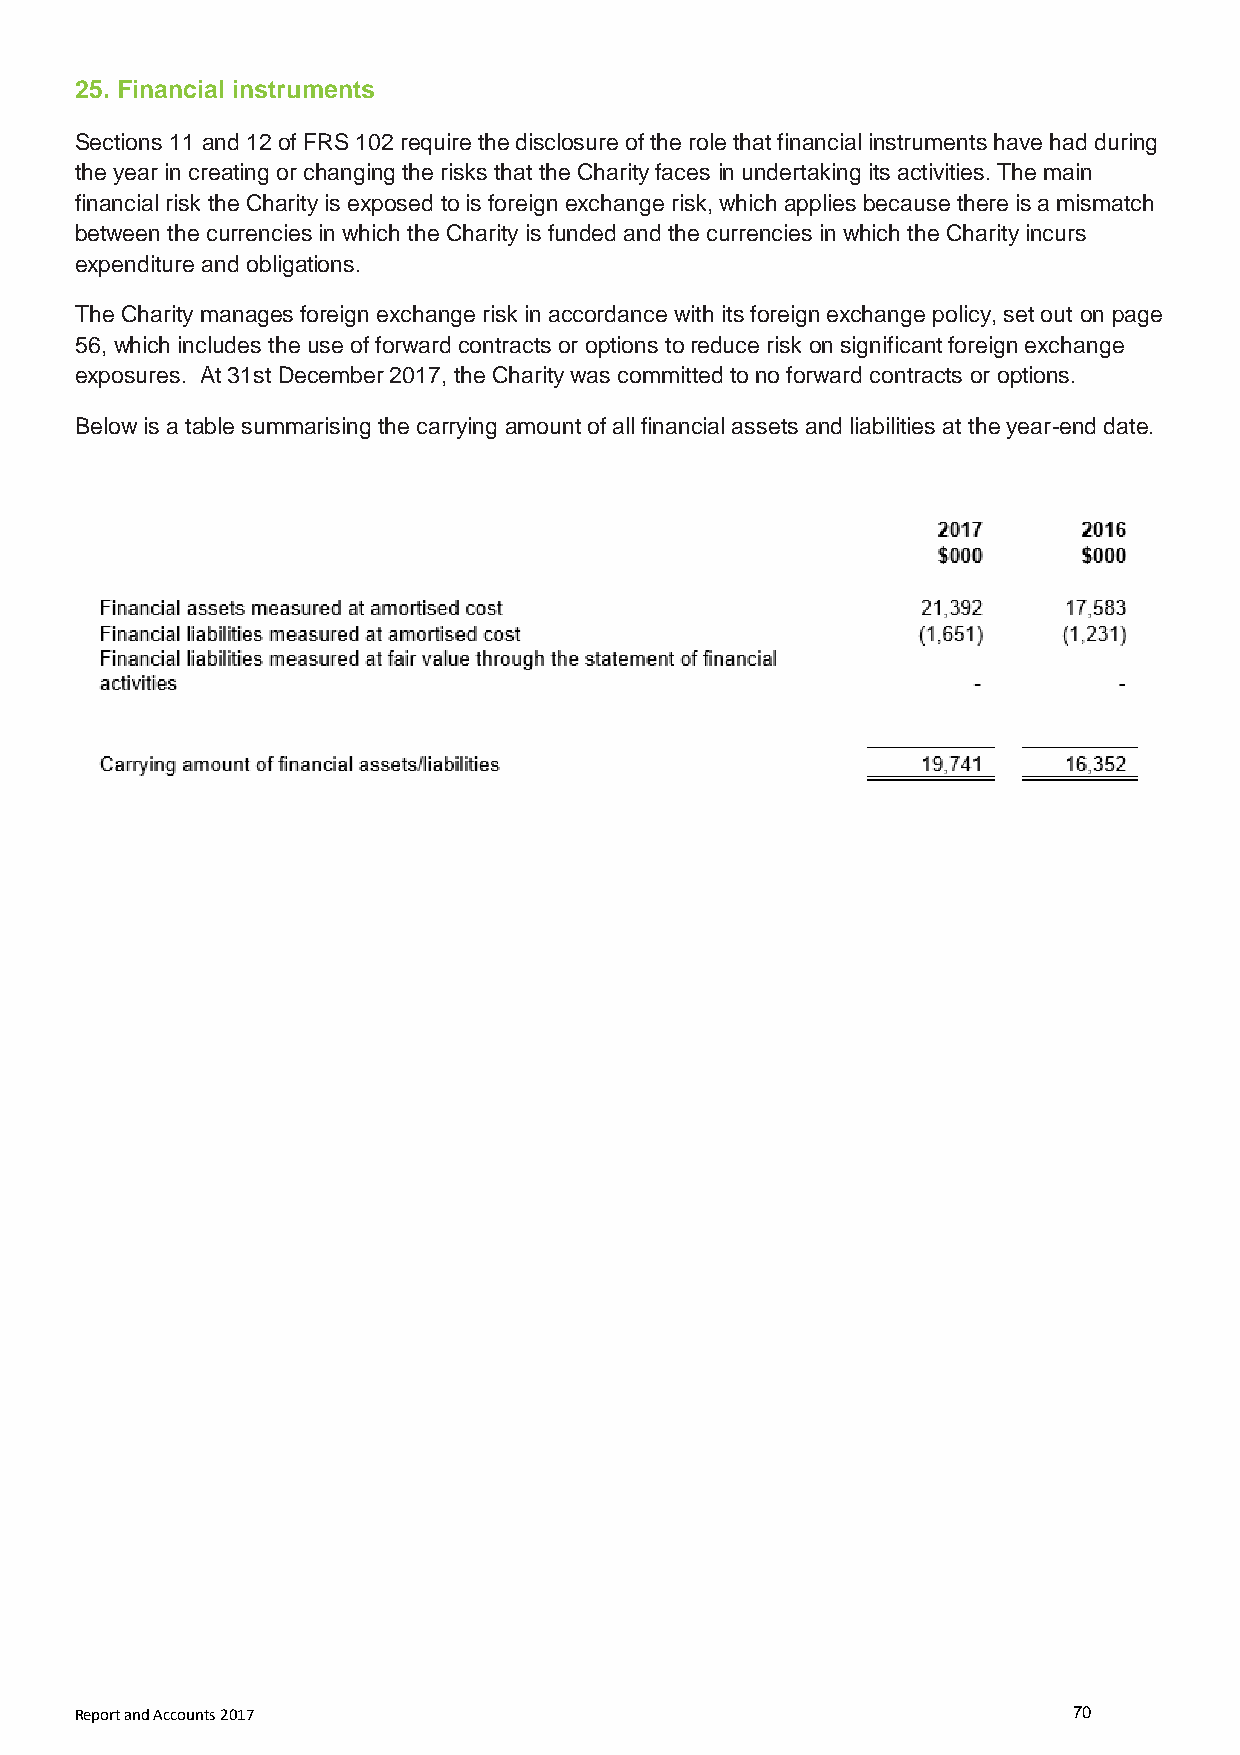
25. Financial instruments
 Sections 11 and 12 of FRS 102 require the disclosure of the role that financial instruments have had during
 the year in creating or changing the risks that the Charity faces in undertaking its activities. The main
 financial risk the Charity is exposed to is foreign exchange risk, which applies because there is a mismatch
 between the currencies in which the Charity is funded and the currencies in which the Charity incurs
 expenditure and obligations.
 The Charity manages foreign exchange risk in accordance with its foreign exchange policy, set out on page
 56, which includes the use of forward contracts or options to reduce risk on significant foreign exchange
 exposures. At 31st December 2017, the Charity was committed to no forward contracts or options.
 Below is a table summarising the carrying amount of all financial assets and liabilities at the year-end date.
 Report and Accounts 2017                                          70